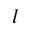
l